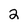
Character: 2